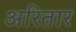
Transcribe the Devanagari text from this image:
अरितार